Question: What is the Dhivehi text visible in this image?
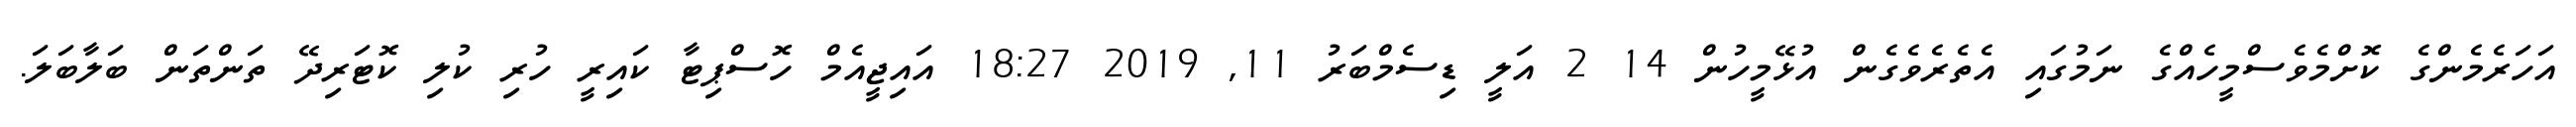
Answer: އަހަރެމެންގެ ކޮށްމެވެސްމީހެއްގެ ނަމުގައި އެތެރެވެގެން އުޅޭމީހުން 14 2 އަލީ ޑިސެމްބަރު 11, 2019 18:27 އައިޖީއެމް ހޮސްޕިޓާ ކައިރީ ހުރި ކުލި ކޮޓަރިދޭ ތަންތަން ބަލާބަލަ.